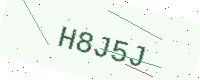
Text: H8J5J